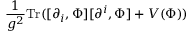
\frac { 1 } { g ^ { 2 } } \mathrm { T r } ( [ \partial _ { i } , \Phi ] [ \partial ^ { i } , \Phi ] + V ( \Phi ) )